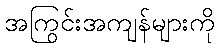
အကြွင်းအကျန်များကို